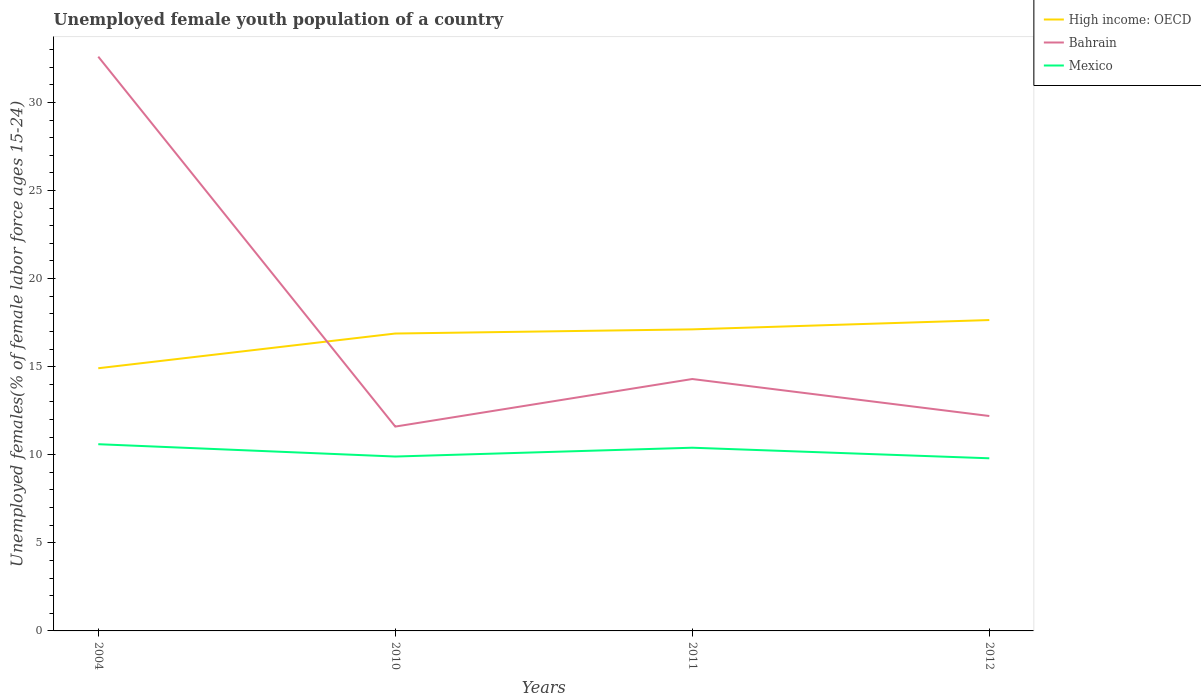
| Years | High income: OECD | Bahrain | Mexico |
 | --- | --- | --- | --- |
 | 2004 | 14.9 | 32.6 | 10.6 |
 | 2010 | 16.9 | 11.6 | 9.9 |
 | 2011 | 17.1 | 14.3 | 10.4 |
 | 2012 | 17.6 | 12.2 | 9.8 |